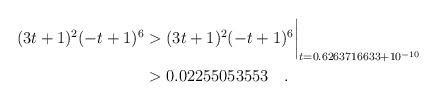
LaTeX: \begin{align*}(3t+1)^2(-t+1)^6 & > (3t+1)^2(-t+1)^6\biggr\rvert_{t=0.6263716633 + 10^{-10}} \\& > 0.02255053553 \quad. \end{align*}